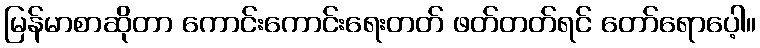
မြန်မာစာဆိုတာ ကောင်းကောင်းရေးတတ် ဖတ်တတ်ရင် တော်ရောပေ့ါ။